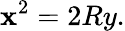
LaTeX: \mathbf{x}^{2}=2Ry.